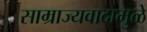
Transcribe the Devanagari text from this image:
साम्राज्यवादामुळे